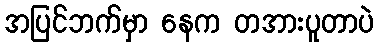
အပြင်ဘက်မှာ နေက တအားပူတာပဲ